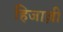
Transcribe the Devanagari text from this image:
हिजाज़ी